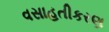
વસાહતીકરણ